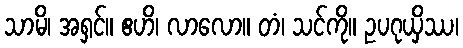
သာမိ၊ အရှင်။ ဧဟိ၊ လာလော။ တံ၊ သင်ကို။ ဥပဂုယှိဿ၊